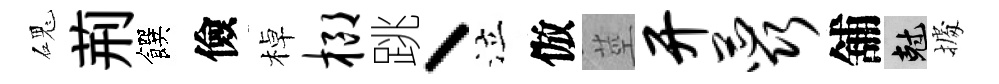
磈荊饌儉棹榔跳丶泣倣莖开蕊舖剋𢴃